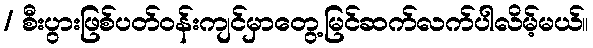
/ စီးပွားဖြစ်ပတ်ဝန်းကျင်မှာတွေ့မြင်ဆက်လက်ပါလိမ့်မယ်။